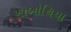
ખાબોચિયા